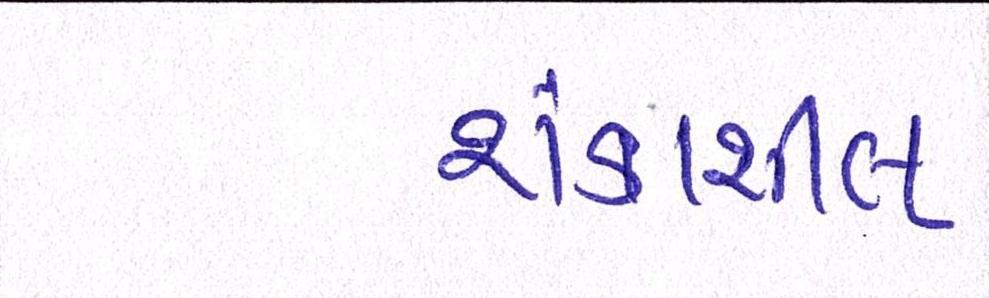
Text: શંકાશીલ